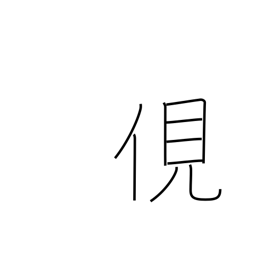
Meaning: spy on